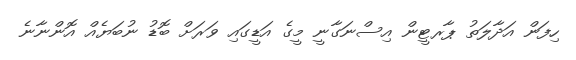
ހިފަން އަދާލަތު ޕާރޓީން އިސްނަގާނީ މީގެ އަޑީގައި ވަރަށް ބޮޑު ނުބަޔެއް އޮންނާނެ